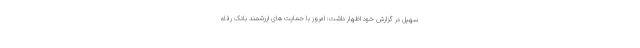
سهیل در گزارش خود اظهار داشت: امروز با حمایت های ارزشمند بانک رفاه